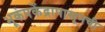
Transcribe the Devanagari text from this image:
भूकंपकेंद्रापासूनची